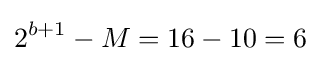
2^{b+1}-M=16-10=6